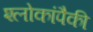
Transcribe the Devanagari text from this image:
श्लोकांपैकी